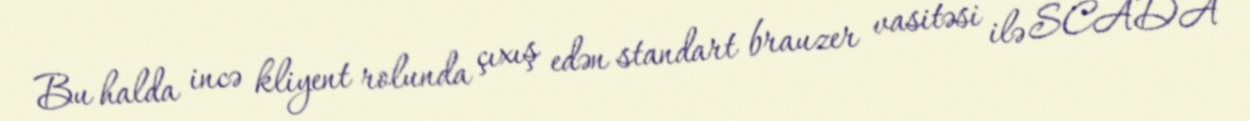
Bu halda incə kliyent rolunda çıxış edən standart brauzer vasitəsi ilə SCADA